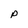
Character: P